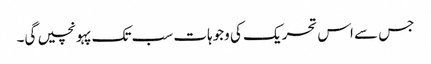
جس سے اس تحریک کی وجوہات سب تک پہونچیں گی۔